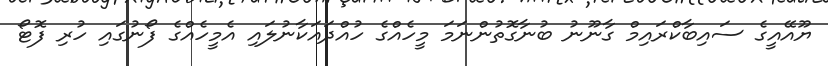
ޔޫއޭއީގެ ސައިބާކްރައިމް ގާނޫނު ބުނާގޮތުންނަމަ މީހެއްގެ ހުއްދައަކާނުލައި އެމީހެއްގެ ފޯނުގައި ހުރި ފޮޓޯ